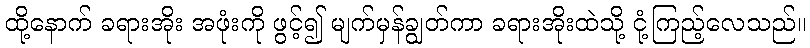
ထို့နောက် ခရားအိုး အဖုံးကို ဖွင့်၍ မျက်မှန်ချွတ်ကာ ခရားအိုးထဲသို့ ငုံ့ကြည့်လေသည်။